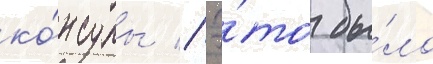
ко́нсулы // Э́то бы́ло